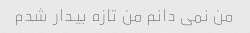
من نمی دانم من تازه بیدار شدم